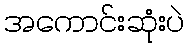
အကောင်းဆုံးပဲ